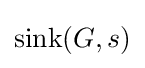
{\text{sink}}(G,s)